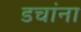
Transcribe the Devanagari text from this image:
डचांना